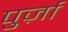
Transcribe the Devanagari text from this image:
पुर्ज़ा